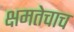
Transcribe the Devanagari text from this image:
क्षमतेचाच